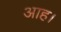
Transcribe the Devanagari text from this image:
आह।